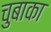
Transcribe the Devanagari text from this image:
चुबाका